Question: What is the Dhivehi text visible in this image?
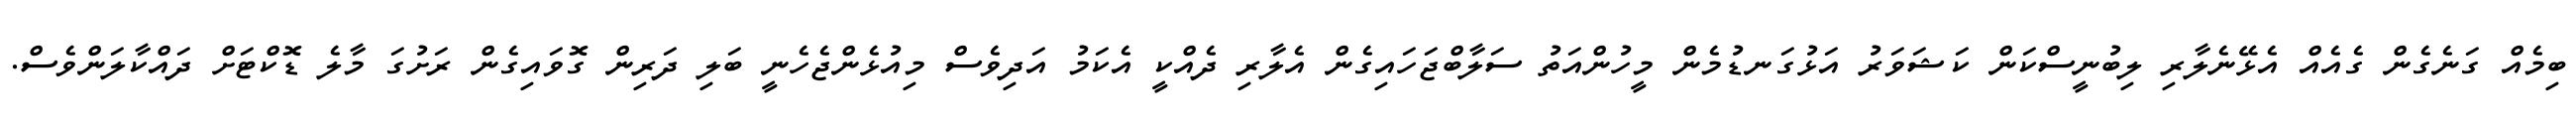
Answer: ބިމެއް ގަނެގެން ގެއެއް އެޅޭނެލާރި ލިބުނީސްކަން ކަޝަވަރު އަޅުގަނޑުމެން މީހުންއަތު ސަލާބްޖަހައިގެން އެލާރި ދެއްކީ އެކަމު އަދިވެސް މިއުޅެންޖެހެނީ ބަލި ދަރިން ގޮވައިގެން ރަށުގަ މާލެ ޑޮކްޓަށް ދައްކާލަންވެސް.